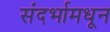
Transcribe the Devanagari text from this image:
संदर्भामधून